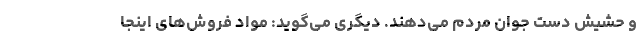
و حشیش دست جوان مردم می‌دهند. دیگری می‌گوید: مواد فروش‌های اینجا